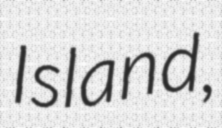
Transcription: Island,